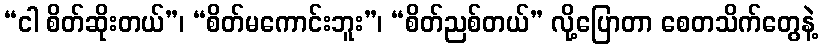
“ငါ စိတ်ဆိုးတယ်”၊ “စိတ်မကောင်းဘူး”၊ “စိတ်ညစ်တယ်” လို့ပြောတာ စေတသိက်တွေနဲ့